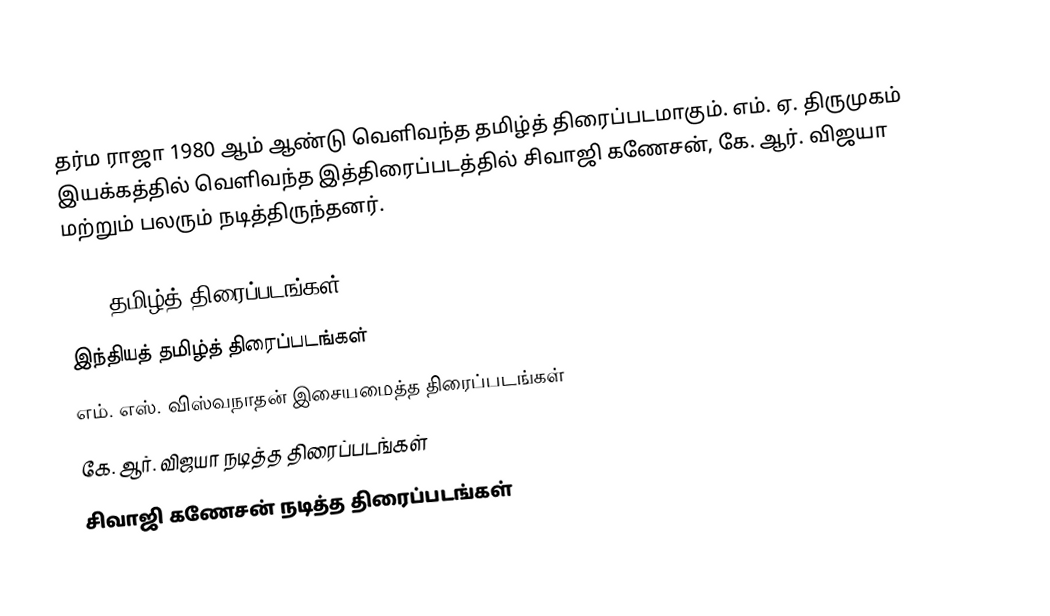
தர்ம ராஜா 1980 ஆம் ஆண்டு வெளிவந்த தமிழ்த் திரைப்படமாகும். எம். ஏ. திருமுகம் இயக்கத்தில் வெளிவந்த இத்திரைப்படத்தில் சிவாஜி கணேசன், கே. ஆர். விஜயா மற்றும் பலரும் நடித்திருந்தனர்.

1980 தமிழ்த் திரைப்படங்கள்
இந்தியத் தமிழ்த் திரைப்படங்கள்
எம். எஸ். விஸ்வநாதன் இசையமைத்த திரைப்படங்கள்
கே. ஆர். விஜயா நடித்த திரைப்படங்கள்
சிவாஜி கணேசன் நடித்த திரைப்படங்கள்